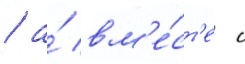
/ а́ вм'е́ст'е с